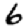
Digit: 6